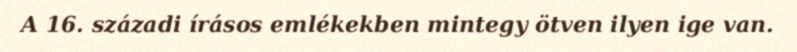
A 16. századi írásos emlékekben mintegy ötven ilyen ige van.